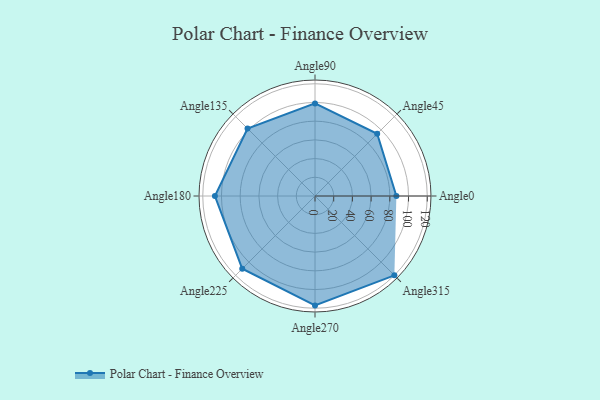
{"axis": {"x": "Angle", "y": "Radius"}, "legend": [""], "data": [{"x": "Angle0", "y": 87.0, "type": ""}, {"x": "Angle45", "y": 94.0, "type": ""}, {"x": "Angle90", "y": 99.0, "type": ""}, {"x": "Angle135", "y": 102.0, "type": ""}, {"x": "Angle180", "y": 107.0, "type": ""}, {"x": "Angle225", "y": 110.0, "type": ""}, {"x": "Angle270", "y": 117.0, "type": ""}, {"x": "Angle315", "y": 120.0, "type": ""}]}